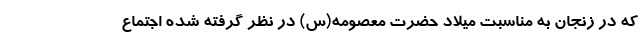
که در زنجان به مناسبت میلاد حضرت معصومه(س) در نظر گرفته شده اجتماع